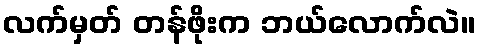
လက်မှတ် တန်ဖိုးက ဘယ်လောက်လဲ။